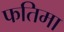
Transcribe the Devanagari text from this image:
फतिमा